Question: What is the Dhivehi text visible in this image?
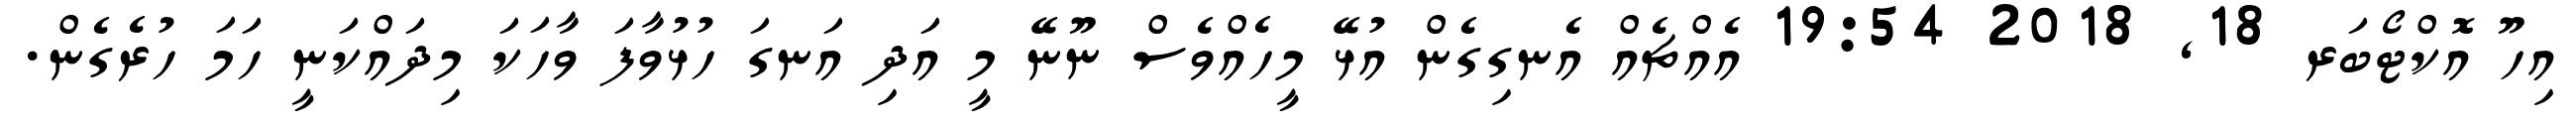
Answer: އިހޫ އޮކްޓޯބަރ 18, 2018 19:54 އެއްޗެއް އެނގިގެން އުޅޭ މީހެއްވެސް ނޫނޭ މީ އަދި އަނގަ ހުޅުވާފަ ވާހަކަ މިދައްކަނީ ހަމަ ހުރެގެން.